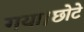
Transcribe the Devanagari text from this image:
गया।छोटे